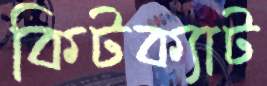
কিটক্যাট